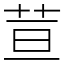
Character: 荁